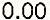
0.00